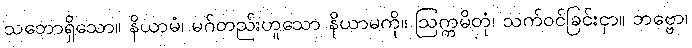
သဘောရှိသော။ နိယာမံ၊ မဂ်တည်းဟူသော နိယာမကို။ ဩက္ကမိတုံ၊ သက်ဝင်ခြင်းငှာ။ ဘဗ္ဗော၊